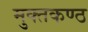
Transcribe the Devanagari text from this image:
मुक्तकण्ठ